Civil Veterinary Department. Madras. Admin. report 1926-33 - 1926-1933
Year: 1926
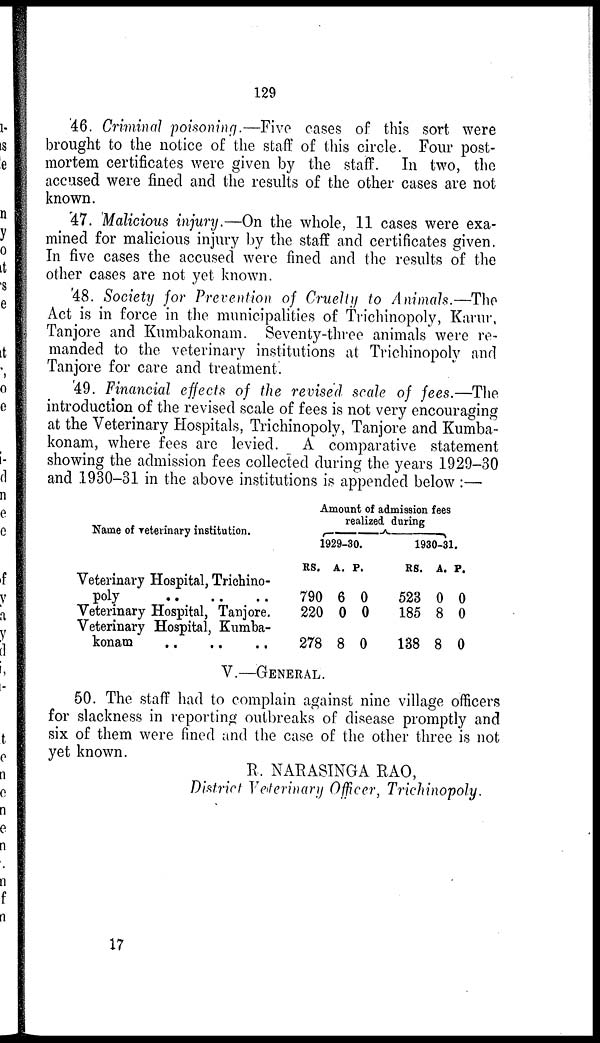
129
46. Criminal poisoning.—Five cases of this sort were
brought to the notice of the staff of this circle. Four post-
mortem certificates were given by the staff. In two, the
accused were fined and the results of the other cases are not
known.
47. Malicious injury.—On the whole, 11 cases were exa-
mined for malicious injury by the staff and certificates given.
In five cases the accused were fined and the results of the
other cases are not yet known.
48. Society for Prevention of Cruelty to Animals.—The
Act is in force in the municipalities of Trichinopoly, Karur,
Tanjore and Kumbakonam. Seventy-three animals were re-
manded to the veterinary institutions at Trichinopoly and
Tanjore for care and treatment.
49. Financial effects of the revised scale of fees.—The
introduction of the revised scale of fees is not very encouraging
at the Veterinary Hospitals, Trichinopoly, Tanjore and Kumba-
konam, where fees are levied. A comparative statement
showing the admission fees collected during the years 1929-30
and 1930-31 in the above institutions is appended below :—
Name of veterinary institution.
Veterinary Hospital, Trichino-
poly .. .. ..
Veterinary Hospital, Tanjore.
Veterinary Hospital, Kumba-
konam .. .. ..
Amount of admission fees
realized
during
1929-30.
Rs.
790
220
278
A.
6
0
8
P.
0
0
0
1930-31.
Rs.
523
185
138
A.
0
8
8
P.
0
0
0
V.—GENERAL.
50. The staff had to complain against nine village officers
for slackness in reporting outbreaks of disease promptly and
six of them were fined and the case of the other three is not
yet known.
R. NARASINGA RAO,
District Veterinary Officer, Trichinopoly.
17